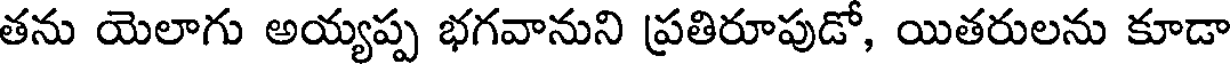
తను యెలాగు అయ్యప్ప భగవానుని ప్రతిరూపుడో, యితరులను కూడా